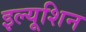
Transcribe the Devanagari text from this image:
इल्यूशिन